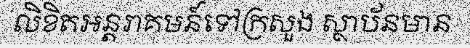
លិខិតអន្តរាគមន៍ទៅក្រសួង ស្ថាប័នមាន